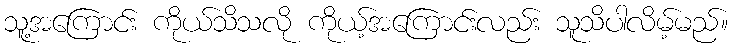
သူ့အကြောင်း ကိုယ်သိသလို ကိုယ့်အကြောင်းလည်း သူသိပါလိမ့်မည်။